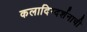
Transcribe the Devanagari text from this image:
कलादिग्दर्शनाची